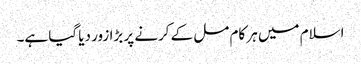
اسلام میں ہر کام مل کے کرنے پر بڑا زور دیا گیا ہے۔